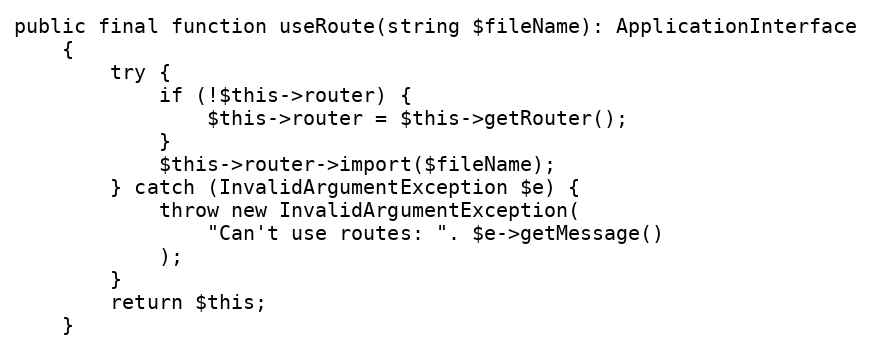
Language: PHP
public final function useRoute(string $fileName): ApplicationInterface
    {
        try {
            if (!$this->router) {
                $this->router = $this->getRouter();
            }
            $this->router->import($fileName);
        } catch (InvalidArgumentException $e) {
            throw new InvalidArgumentException(
                "Can't use routes: ". $e->getMessage()
            );
        }
        return $this;
    }